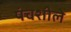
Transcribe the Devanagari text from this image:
पंचशीले